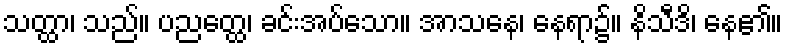
သတ္ထာ၊ သည်။ ပညတ္ထေ၊ ခင်းအပ်သော။ အာသနေ၊ နေရာ၌။ နိသီဒိ၊ နေ၏။